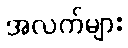
အလက်များ